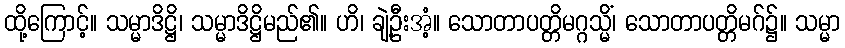
ထို့ကြောင့်။ သမ္မာဒိဋ္ဌိ၊ သမ္မာဒိဋ္ဌိမည်၏။ ဟိ၊ ချဲ့ဦးအံ့။ သောတာပတ္တိမဂ္ဂသ္မိံ၊ သောတာပတ္တိမဂ်၌။ သမ္မာ